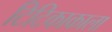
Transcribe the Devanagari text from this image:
टिटिकाकाला